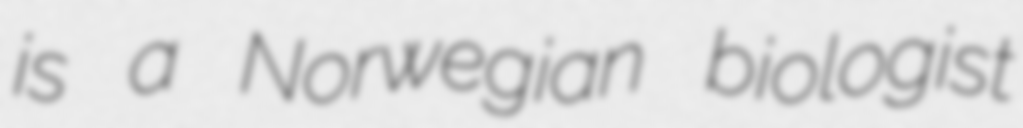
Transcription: is a Norwegian biologist